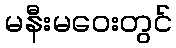
မနီးမဝေးတွင်